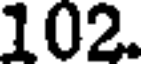
102.